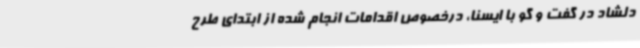
دلشاد در گفت و گو با ایسنا، درخصوص اقدامات انجام شده از ابتدای طرح